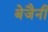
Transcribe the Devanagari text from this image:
बेजैनी